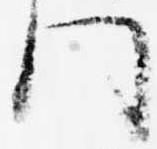
門